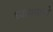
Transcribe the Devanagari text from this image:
ध्यायमानो